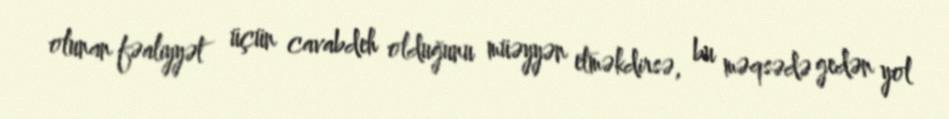
olunan fəaliyyət üçün cavabdeh olduğunu müəyyən etməkdirsə, bu məqsədə gedən yol